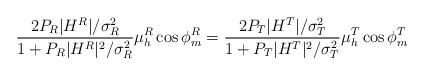
LaTeX: \begin{align*} \frac{2P_R|H^R|/\sigma^2_R}{1+P_R|H^R|^2/\sigma^2_R}\mu^R_h\cos\phi^R_m = \frac{2P_T|H^T|/\sigma^2_T}{1+P_T|H^T|^2/\sigma^2_T}\mu^T_h\cos\phi^T_m\end{align*}